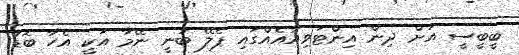
ބީބީސީ އަށް ދިން އިންޓަވިއުއެއްގައި ޕެލޭ ބުނީ ނޭމާ އަކީ އެހާ ބޮޑު